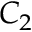
C _ { 2 }